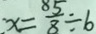
x = \frac { 5 } { 8 } \div 6